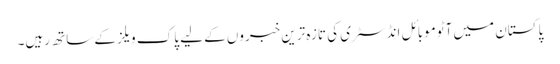
پاکستان میں آٹوموبائل انڈسٹری کی تازہ ترین خبروں کے لیے پاک ویلز کے ساتھ رہیں۔